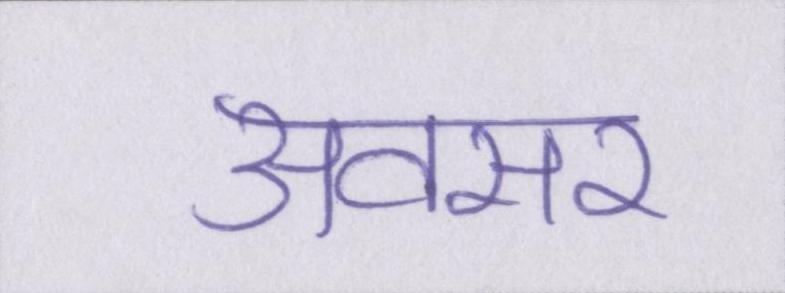
अवसर